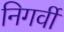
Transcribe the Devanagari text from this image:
निगर्वी